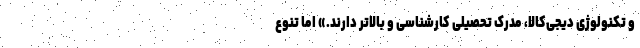
و تکنولوژی دیجی‌کالا، مدرک تحصیلی کارشناسی و بالاتر دارند.» اما تنوع